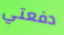
دفعتي